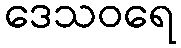
ဒေသဝရေ